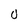
Character: 0